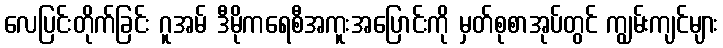
လေပြင်းတိုက်ခြင်း ဂူအမ် ဒီမိုကရေစီအကူးအပြောင်းကို မှတ်စုစာအုပ်တွင် ကျွမ်းကျင်များ